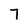
Character: 7